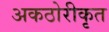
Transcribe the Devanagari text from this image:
अकठोरीकृत